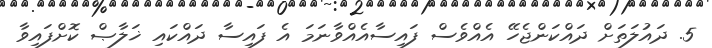
5. ދައުލަތަށް ދައްކަންޖެހޭ އެއްވެސް ފައިސާއެއްވާނަމަ އެ ފައިސާ ދައްކައި ޚަލާޞް ކޮށްފައިވާ